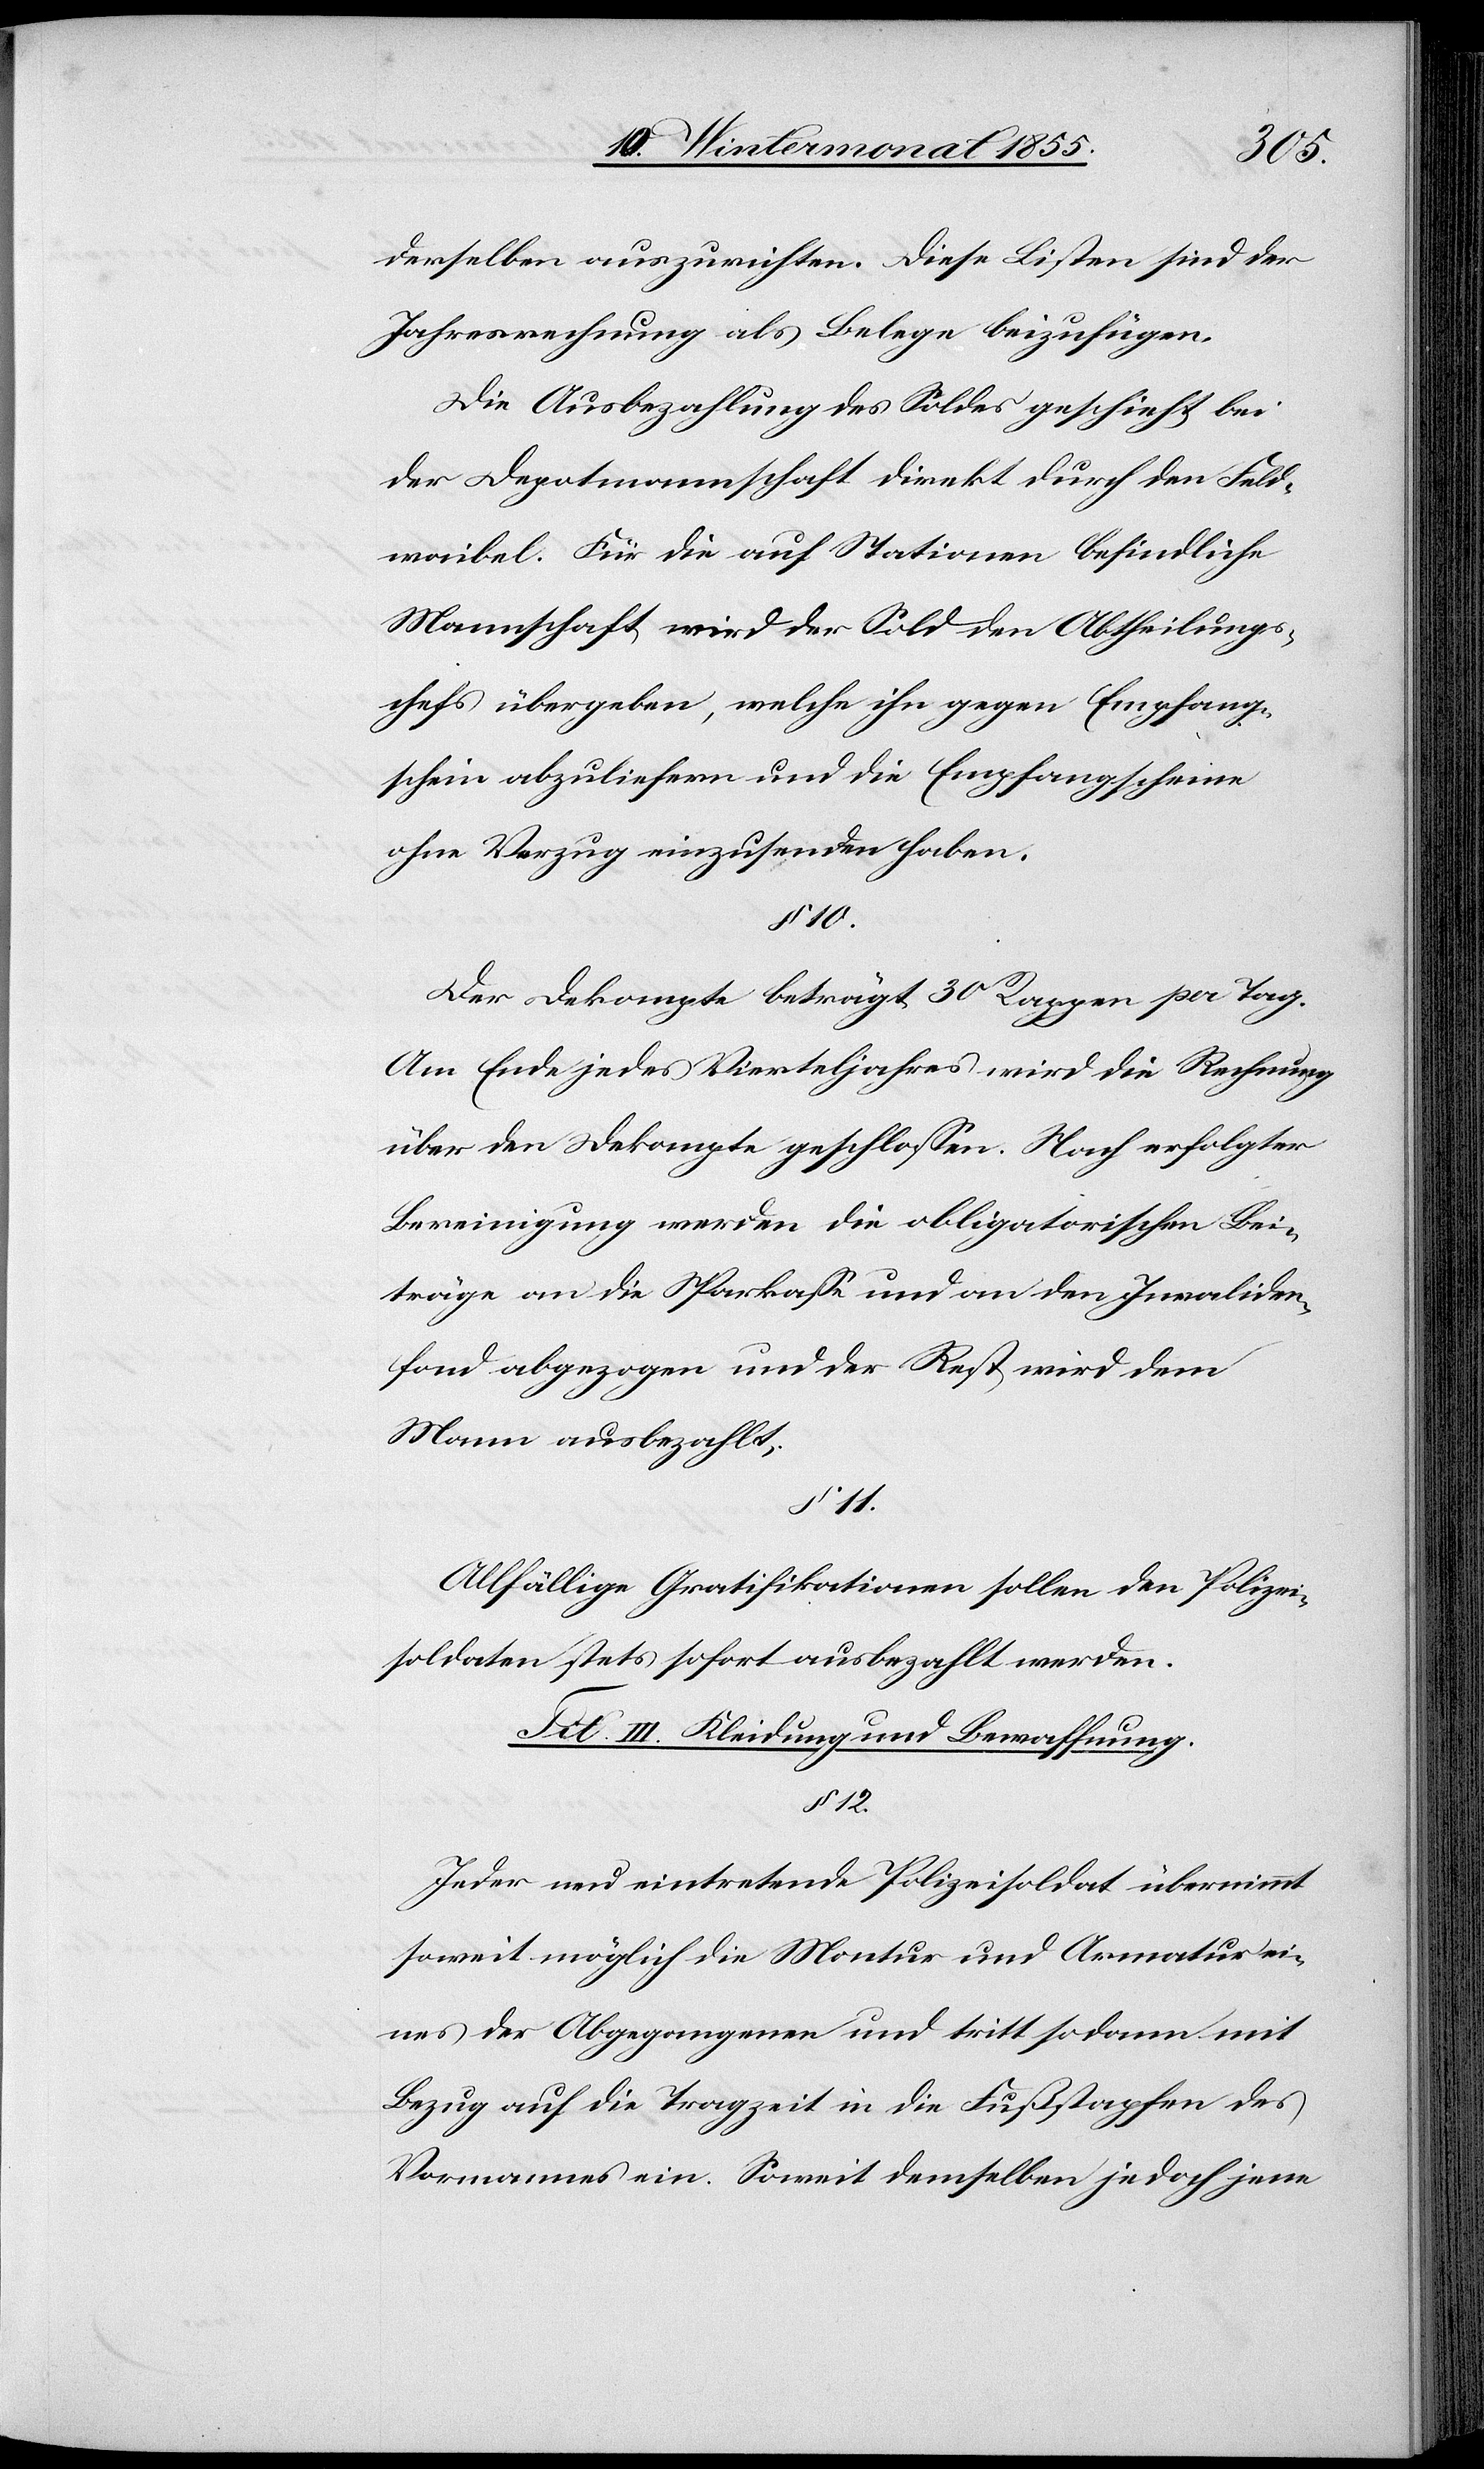
derselben auszurichten. Diese Listen sind der
Jahresrechnung als Belege beizufügen.
Die Ausbezahlung des Soldes geschieht bei
der Depotmannschaft direkt durch den Feld¬
waibel. Für die auf Stationen befindliche
Mannschaft wird der Sold den Abtheilungs¬
chefs übergeben, welche ihn gegen Empfang¬
schein abzuliefern und die Empfangscheine
ohne Verzug einzusenden haben.
§ 10.
Der Dekompte beträgt 30 Rappen per Tag.
Am Ende jedes Vierteljahres wird die Rechnung
über den Dekompte geschlossen. Nach erfolgter
Bereinigung werden die obligatorischen Bei¬
träge an die Sparkasse und an den Invaliden¬
fond abgezogen und der Rest wird dem
Mann ausbezahlt.
§ 11.
Allfällige Gratifikationen sollen den Polizei¬
soldaten stets sofort ausbezahlt werden.
Tit. III. Kleidung und Bewaffnung.
§ 12.
Jeder neu eintretende Polizeisoldat übernimmt
soweit möglich die Montur und Armatur ei¬
nes der Abgegangenen und tritt sodann mit
Bezug auf die Tragzeit in die Fußstapfen des
Vormannes ein. Soweit demselben jedoch jene